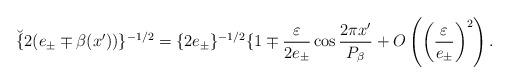
LaTeX: \begin{align*}\breve{\{}2(e_{\pm}\mp\beta(x^{\prime}))\}^{-1/2}=\{2e_{\pm}\}^{-1/2}\{1\mp\frac{\varepsilon}{2e_{\pm}}\cos\frac{2\pi x^{\prime}}{P_{\beta}}+O\left( \left( \frac{\varepsilon}{e_{\pm}}\right) ^{2}\right).\end{align*}